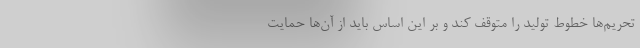
تحریم‌ها خطوط تولید را متوقف کند و بر این اساس باید از آن‌ها حمایت